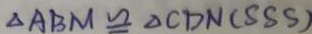
\Delta A B M \cong \Delta C D N ( S S S )